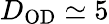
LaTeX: D_{\mathrm{OD}}\simeq 5